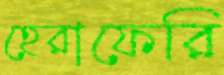
হেরাফেরি